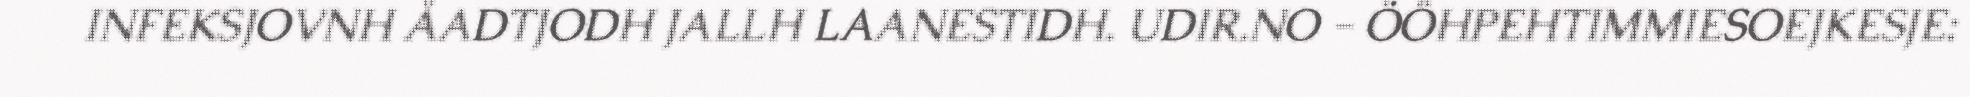
INFEKSJOVNH ÅADTJODH JALLH LAANESTIDH. UDIR.NO - ÖÖHPEHTIMMIESOEJKESJE: